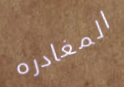
المغادره